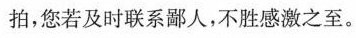
拍，您若及时联系鄙人，不胜感激之至。